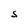
Character: S